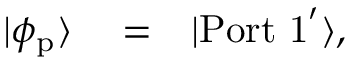
\begin{array} { r l r } { | \phi _ { \mathrm { p } } \rangle } & { { } = } & { | \mathrm { P o r t \ 1 } ^ { \prime } \rangle , } \end{array}